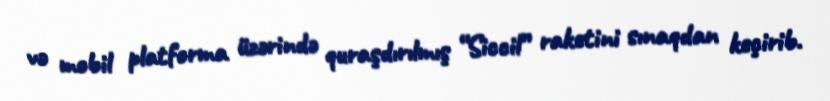
və mobil platforma üzərində quraşdırılmış “Siccil” raketini sınaqdan keçirib.